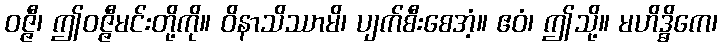
ဝဇ္ဇီ၊ ဤဝဇ္ဇီမင်းတို့ကို။ ဝိနာသိဿာမိ၊ ပျက်စီးစေအံ့။ ဧဝံ၊ ဤသို့။ မဟိဒ္ဓိကေ၊